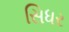
સિધર